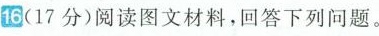
16(17分)阅读图文材料，回答下列问题。